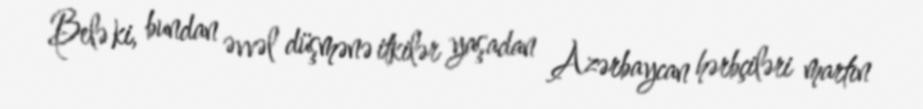
Belə ki, bundan əvvəl düşmənə itkilər yaşadan Azərbaycan hərbçiləri martın